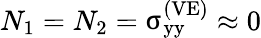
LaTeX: N_{1}=N_{2}={\upsigma}_{\mathrm{yy}}^{\left(\mathrm{VE}\right)}\approx 0